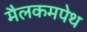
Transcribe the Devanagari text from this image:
मैलकमपेथ